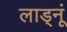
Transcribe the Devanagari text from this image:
लाड्नूं